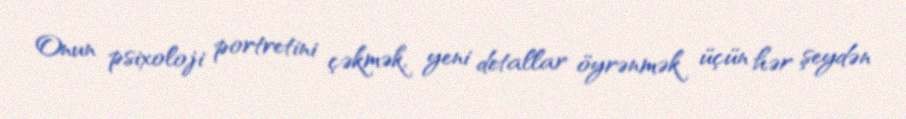
Onun psixoloji portretini çəkmək, yeni detallar öyrənmək üçün hər şeydən